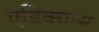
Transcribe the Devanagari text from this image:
एडिक्सन्स